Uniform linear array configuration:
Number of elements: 12
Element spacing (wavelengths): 0.75
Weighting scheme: kaiser
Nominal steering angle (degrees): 15
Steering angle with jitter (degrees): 15.018
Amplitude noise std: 0.05
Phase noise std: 0.05

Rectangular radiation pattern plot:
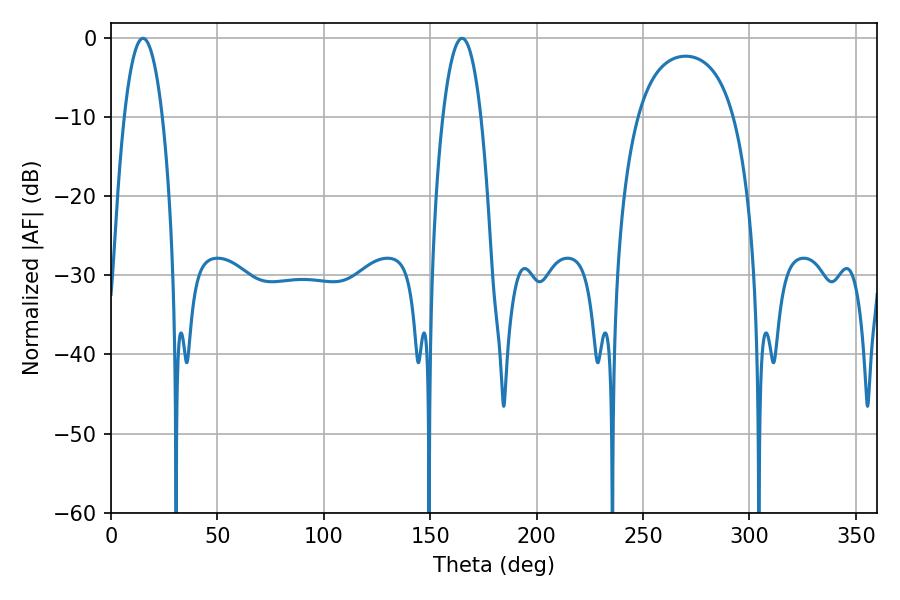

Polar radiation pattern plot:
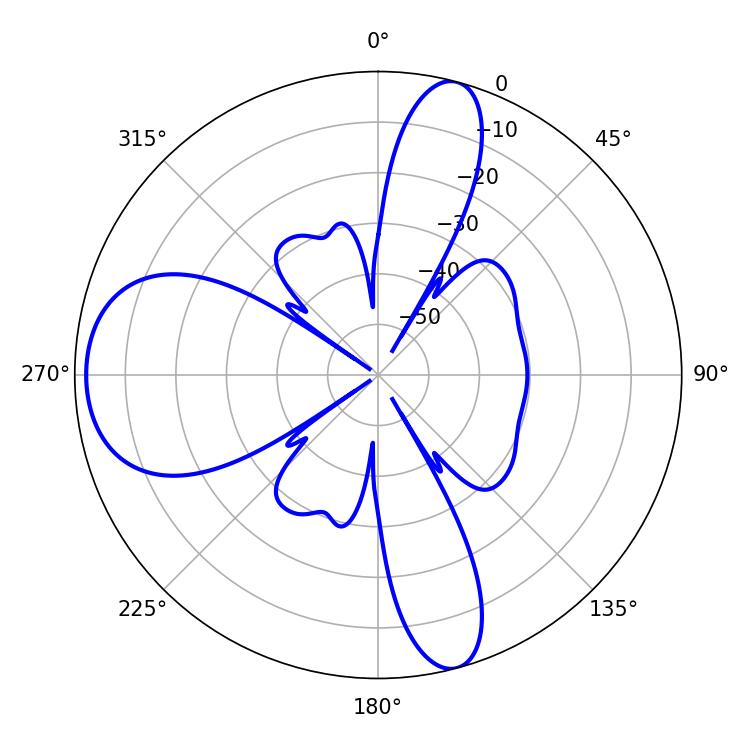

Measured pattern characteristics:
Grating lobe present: TRUE
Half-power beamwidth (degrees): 9.9
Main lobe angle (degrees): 15.12